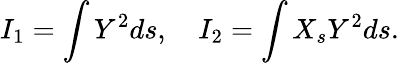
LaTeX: I_{1}=\int Y^{2}ds,\quad I_{2}=\int X_{s}Y^{2}ds.